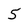
Character: 5